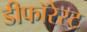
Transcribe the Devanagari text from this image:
डीफॉरेस्ट